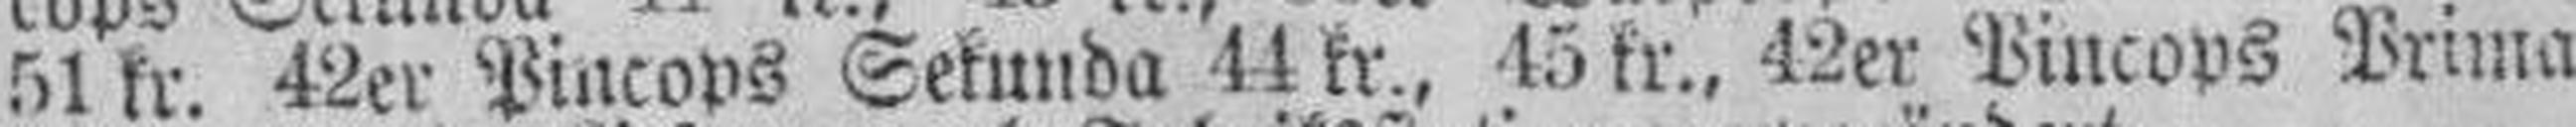
51 kr. 42er Pincops Sekunda 44 kr., 45 kr., 42er Pincops Prima